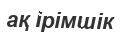
ақ ірімшік